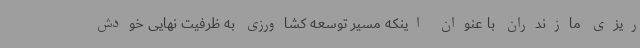
ریزی مازندران با عنوان اینکه مسیر توسعه کشاورزی به ظرفیت نهایی خودش